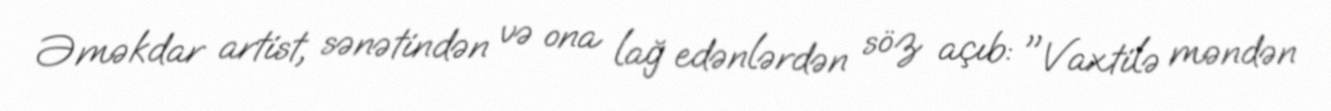
Əməkdar artist, sənətindən və ona lağ edənlərdən söz açıb: "Vaxtilə məndən